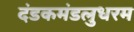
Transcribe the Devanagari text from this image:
दंडकमंडलुधरम